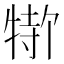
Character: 𬌣